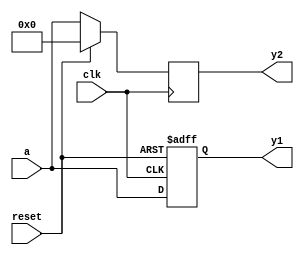
module reset(input [3:0] a,
                input        clk, reset,
                output  reg [3:0] y1, y2);
    always @ (posedge clk, posedge  reset)
      begin
          if(reset) y1 <= 4'b0;
          else y1 <= a;
      end
    always @ (posedge clk)
      begin
          if (reset) y2 <= 4'b0;
          else y2 <= a;
      end
endmodule // reset